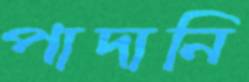
পাদানি